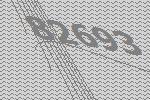
82693